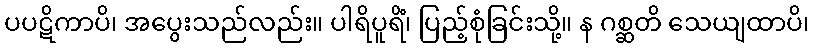
ပပဋိကာပိ၊ အပွေးသည်လည်း။ ပါရိပူရိံ၊ ပြည့်စုံခြင်းသို့။ န ဂစ္ဆတိ သေယျထာပိ၊